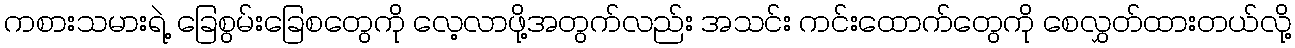
ကစားသမားရဲ့ ခြေစွမ်းခြေစတွေကို လေ့လာဖို့အတွက်လည်း အသင်း ကင်းထောက်တွေကို စေလွှတ်ထားတယ်လို့